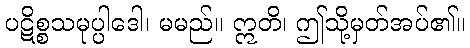
ပဋိစ္စသမုပ္ပါဒေါ၊ မမည်။ ဣတိ၊ ဤသို့မှတ်အပ်၏။